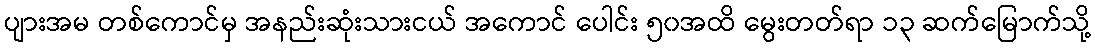
ပျားအမ တစ်ကောင်မှ အနည်းဆုံးသားငယ် အကောင် ပေါင်း ၅၀အထိ မွေးတတ်ရာ ၁၃ ဆက်မြောက်သို့